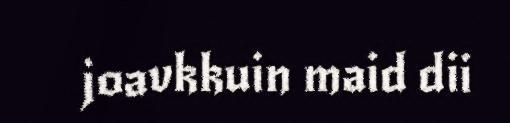
joavkkuin maid dii